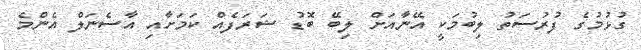
ގުޅުމުގެ ފުރުސަތު ލިބުމަކީ އޭނާއަށް ލިބޭ ބޮޑު ޝަރަފެއް ކަމަށާއި އާސެނަލް އެންމެ